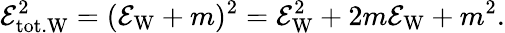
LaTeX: \mathcal{E}_{\mathrm{tot.W}}^{2}=(\mathcal{E_{\mathrm{W}}}+m)^{2}=\mathcal{E}_{\mathrm{W}}^{2}+2m\mathcal{E}_{\mathrm{W}}+m^{2}.